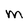
Character: M